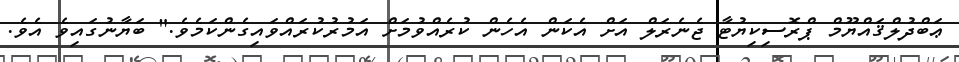
ޢަބްދުލްޤައްޔޫމް ޕްރޮސިކިޔުޓާ ޖެނެރަލް އަށް އެކަން އެހެން ކުރެއްވުމަށް އަމުރުކުރައްވައިގެންކަމެވެ." ބަޔާނުގައިވެ އެވެ.